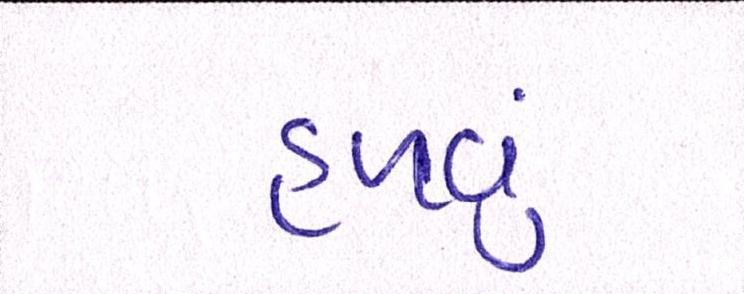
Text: હળવું